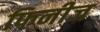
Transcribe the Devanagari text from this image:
फिनीज